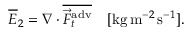
\overline { { E } } _ { 2 } = \nabla \cdot \overline { { \vec { F } _ { t } ^ { \mathrm { a d v } } } } \quad [ \mathrm { k g } \, \mathrm { m } ^ { - 2 } \, \mathrm { s } ^ { - 1 } ] .